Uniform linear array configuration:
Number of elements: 16
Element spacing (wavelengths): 0.25
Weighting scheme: exponential
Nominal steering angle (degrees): -30
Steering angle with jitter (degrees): -28.128
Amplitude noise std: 0.05
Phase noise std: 0.05

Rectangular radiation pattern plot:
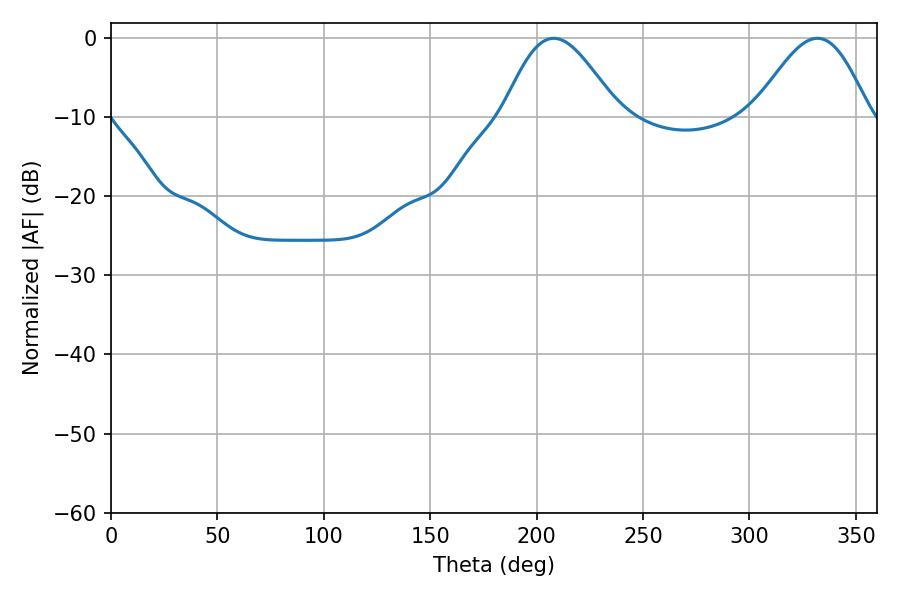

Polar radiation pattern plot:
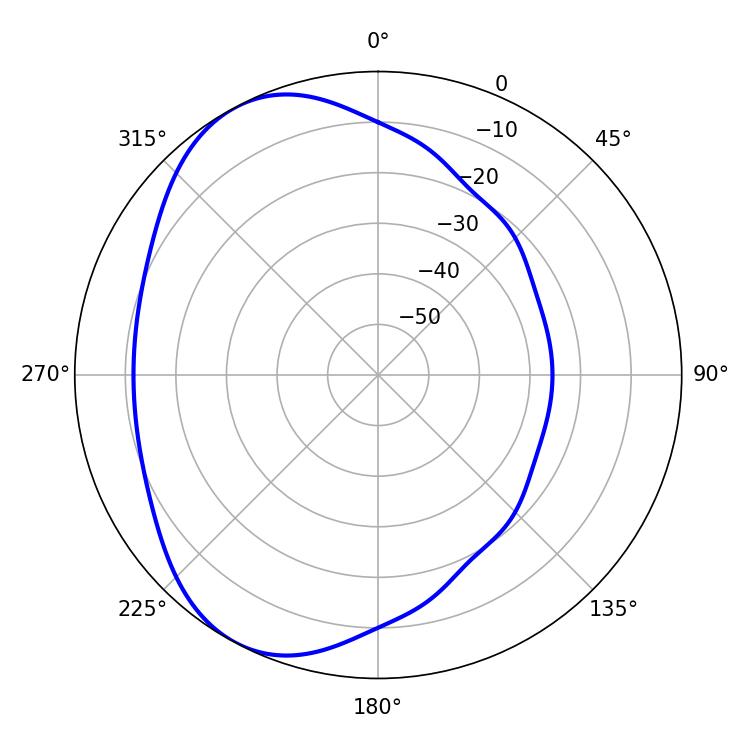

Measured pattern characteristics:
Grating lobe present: FALSE
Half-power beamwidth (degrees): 28.8
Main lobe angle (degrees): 208.08